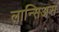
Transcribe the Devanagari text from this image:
लान्सिअस